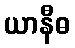
ယာနီဓ